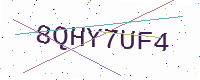
Text: 8QHY7UF4